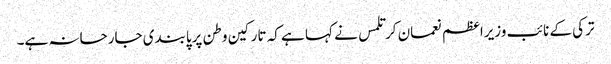
ترکی کے نائب وزیراعظم نعمان کرتلمس نے کہا ہے کہ تارکین وطن پرپابندی جارحانہ ہے۔